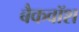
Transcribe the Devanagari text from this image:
बैकवॉश